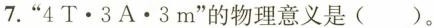
7.“$$4 T · 3 A · 3 m$$”的物理意义是（ ）。